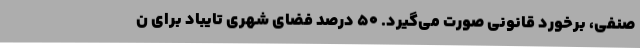
صنفی، برخورد قانونی صورت می‌گیرد. 50 درصد فضای شهری تایباد برای ن